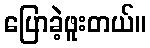
ပြောခဲ့ဖူးတယ်။